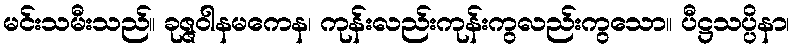
မင်းသမီးသည်။ ခုဇ္ဇဝါနမကေန၊ ကုန်းလည်းကုန်းကွလည်းကွသော။ ပီဋ္ဌသပ္ပိနာ၊